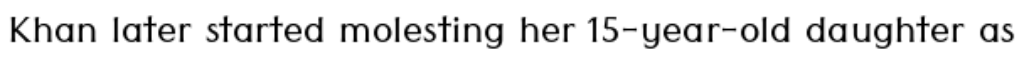
Khan later started molesting her 15-year-old daughter as